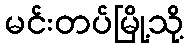
မင်းတပ်မြို့သို့